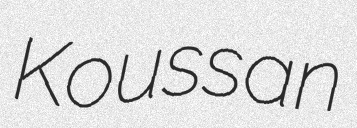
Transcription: Koussan